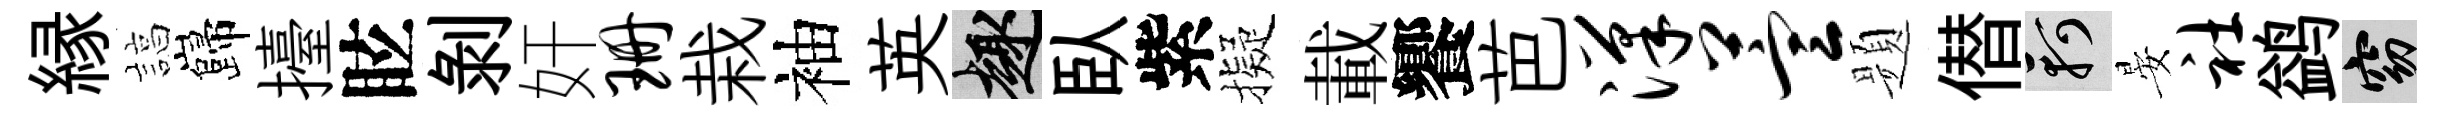
縁諄巋擡眩剥奸珊栽袖英趣臥紫擬載饗芭汉萱题僣軻晏社鹢窈